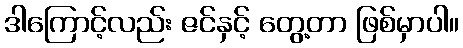
ဒါကြောင့်လည်း ဇင်နှင့် တွေ့တာ ဖြစ်မှာပါ။